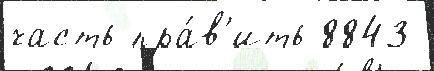
часть пра́в'ить 8843